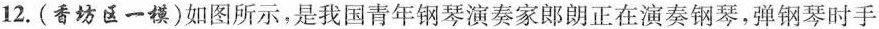
12.(香坊区一模)如图所示，是我国青年钢琴演奏家郎朗正在演奏钢琴，弹钢琴时手